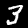
Label: 3